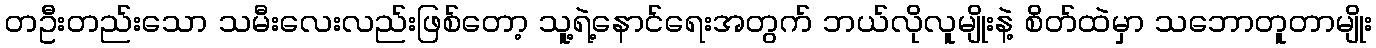
တဦးတည်းသော သမီးလေးလည်းဖြစ်တော့ သူ့ရဲ့နောင်ရေးအတွက် ဘယ်လိုလူမျိုးနဲ့ စိတ်ထဲမှာ သဘောတူတာမျိုး